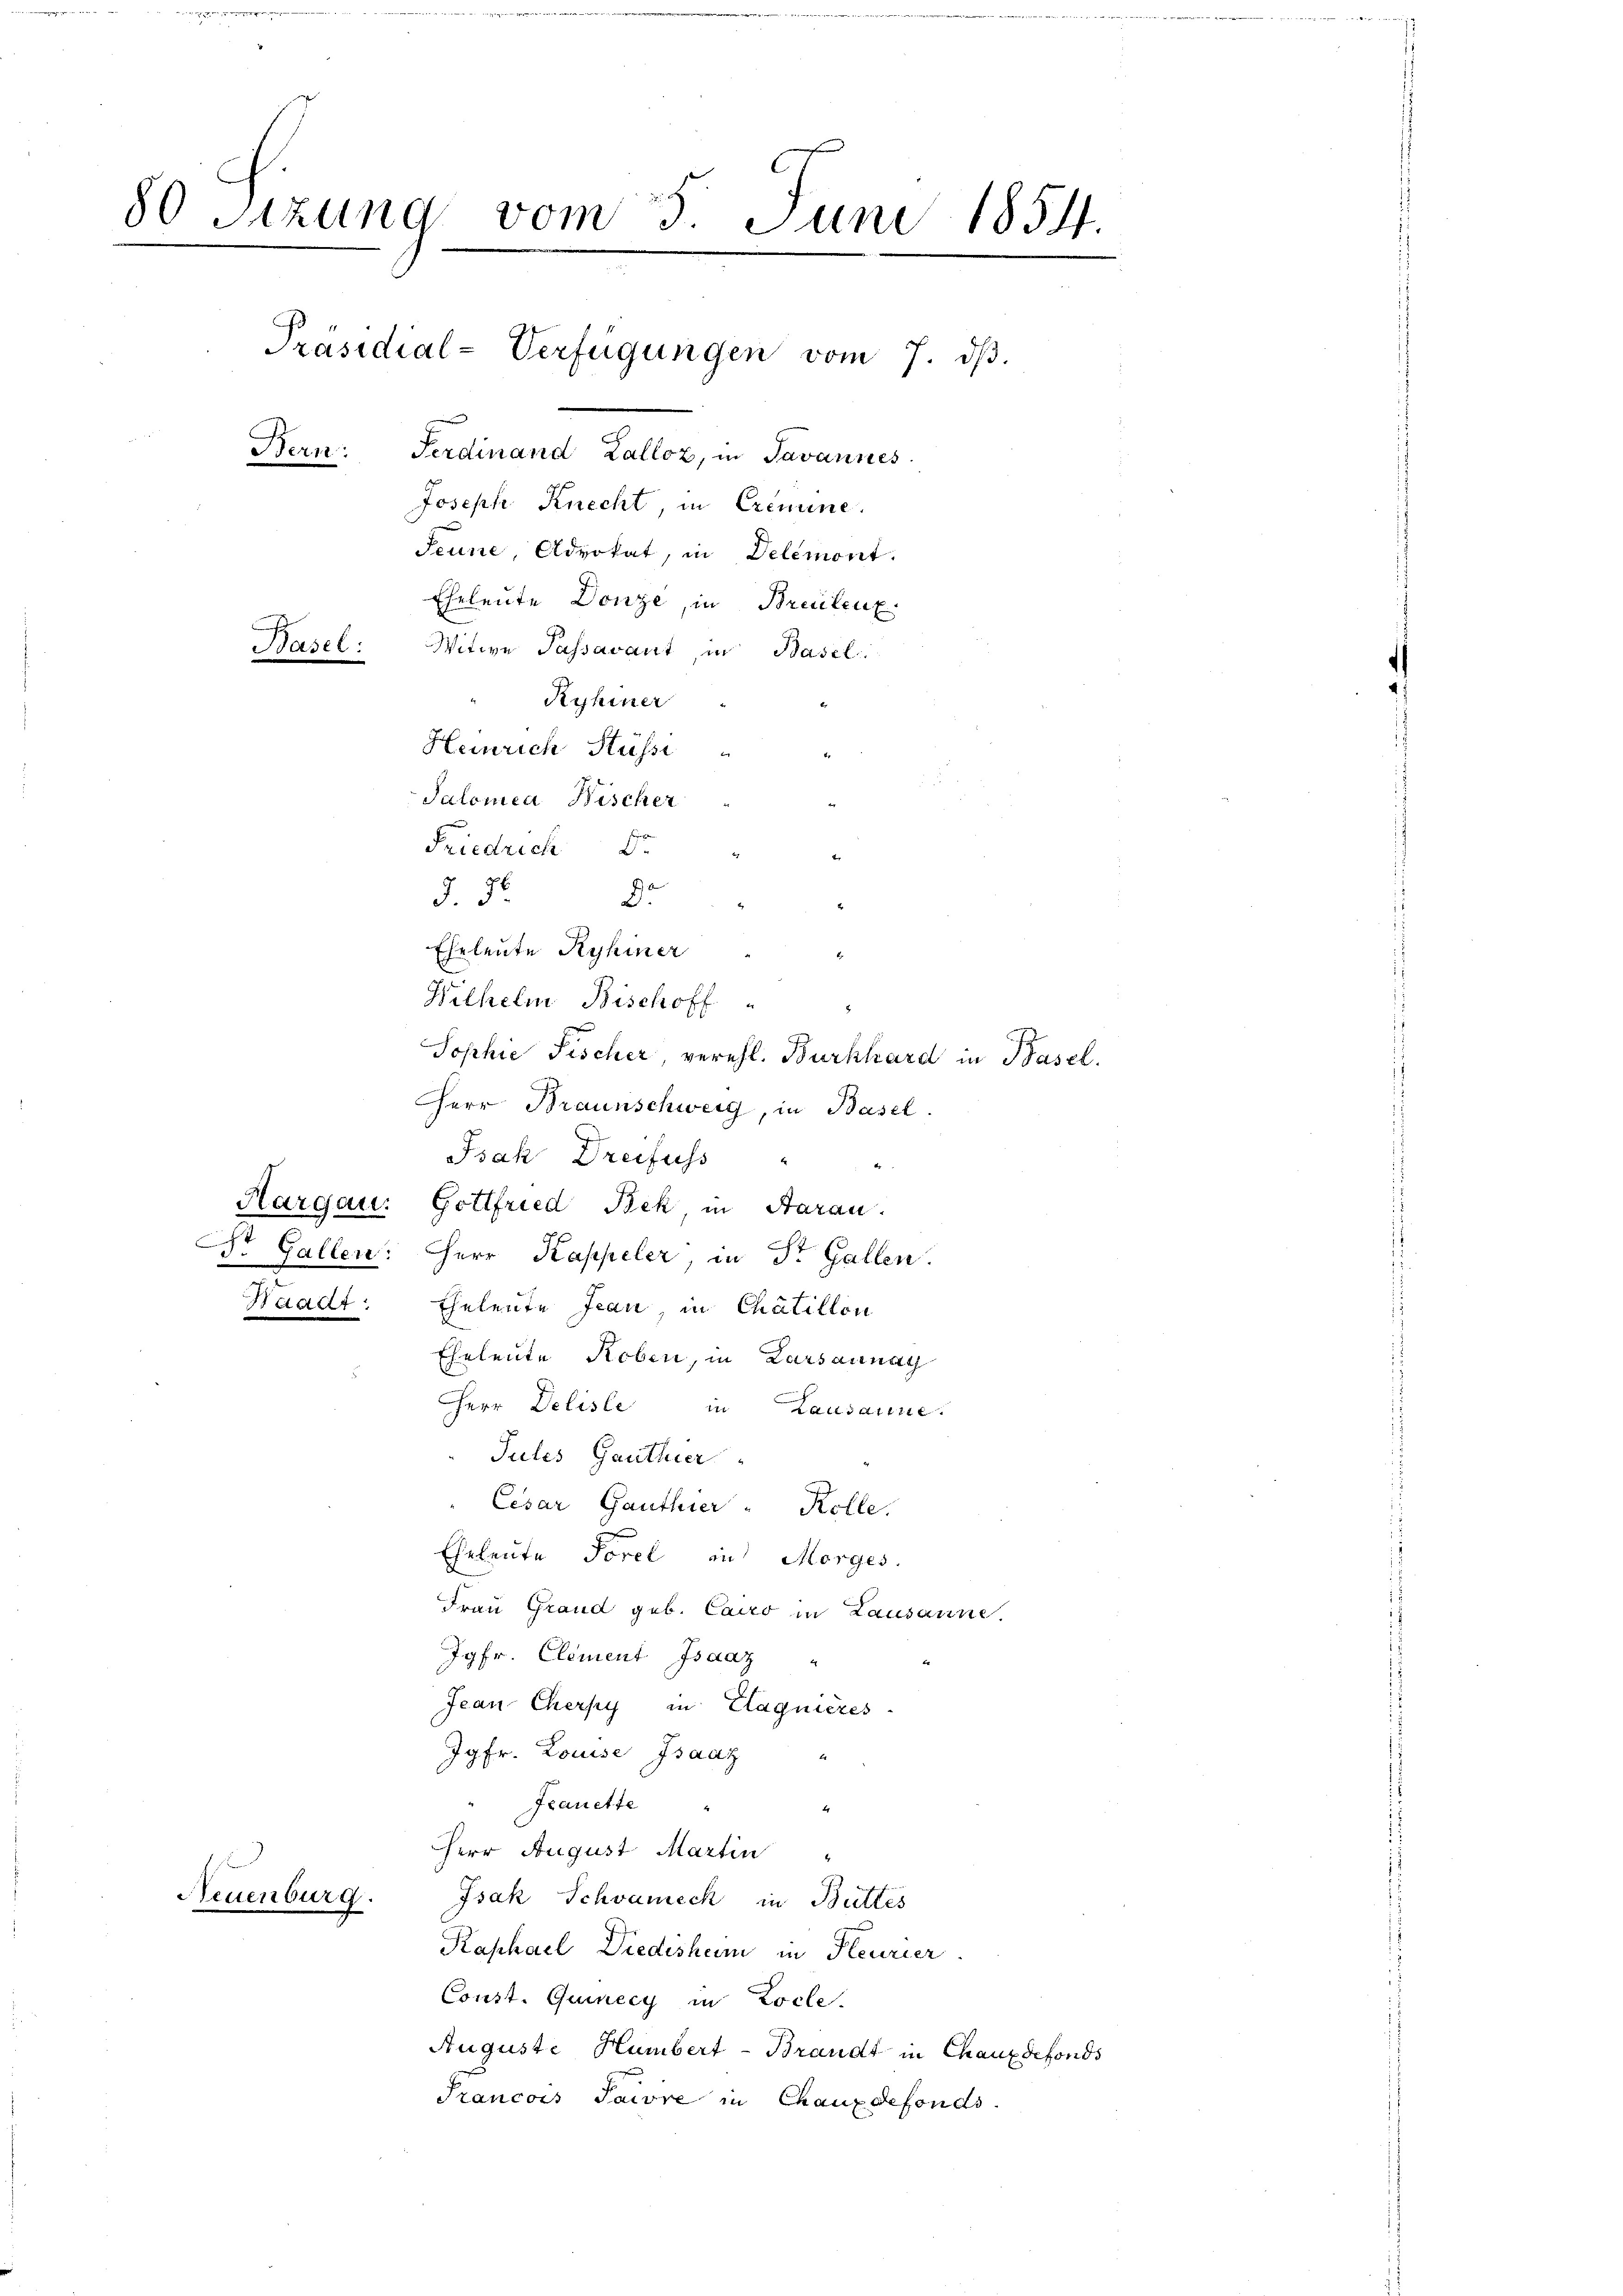
80 Sitzung vom 5. Juni 1854
Präsidial-Verfügungen vom 7. dβ.
Bern: Ferdinand Lalloz, in Javannes.
Joseph Knecht, in Crimine.
Seune, Advokat, in Delémont.
Eheleute Donze, in Breitenz.
Pasel: Witwe Passavant, in Basel
" Ryhiner

Heinrich Hüssi
Wilhelm Bischoff
Sophie Fischer, verehl. Burkhard in Basel.
Herr Braunschweig, in Basel.
Isak Dreifuss
Eheleute Roben, in Zarsannay
Herr Deliste in Lausanne.
Jules Ganthier
Cesar Ganthier - Kolle.
Eheleute Forel in Morges.
Frau Grand geb. Cairo in Lausanne.
Jgfr. Clement Isaaz
Jean Cherpy in Clagnières
Jgfr. Louise Isaaz "
Frauette "
Herr August Martin "
Neuenburg
Isak Schwameck in Büttes
Kaphael Diedeshum in Heurier
Const. Guinecy in Zocle.
Auguste Humbert-Brandt in Chauxdefonds
Trancois Taire in Chauxdefonds.

Salomea Bischer
Friedrich 5 " "
§ 76
d
Eheleute Ryhiner

Hargau: Gottfried Bek in Aarau
st Gallen: Herr Kappeler, in Dr. Gallen.
Waadt: Eheleute Jean, in Chätillon